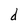
Character: d